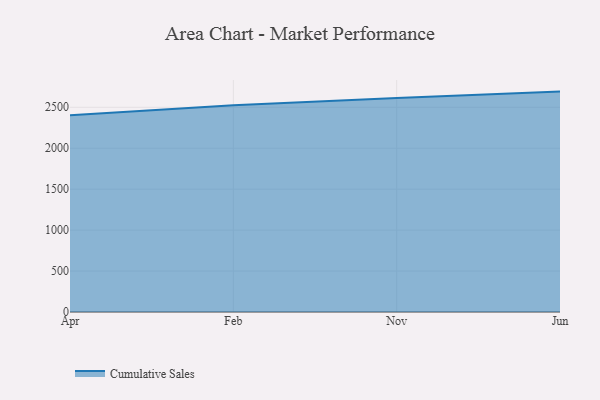
{"axis": {"x": "Month", "y": "Customer Acquisition Cost (USD)"}, "legend": ["Cumulative Sales"], "data": [{"x": "Apr", "y": 2402.9, "type": "Cumulative Sales"}, {"x": "Feb", "y": 2525.3, "type": "Cumulative Sales"}, {"x": "Nov", "y": 2612.6, "type": "Cumulative Sales"}, {"x": "Jun", "y": 2691.6, "type": "Cumulative Sales"}]}